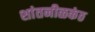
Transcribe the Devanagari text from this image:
शांतनीळकंठ